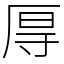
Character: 㕌